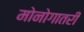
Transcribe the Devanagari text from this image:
मोनोगातरी